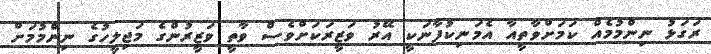
ރަގަޅު ނިންމުމެއް ކަމަށްވާތީއާ އެމަނިކުފާނަކީ އޭރު ވަޒީރަކަށްވެސް ވާތީ ވަޒީރުންގެ މަޖިލީހުގެ ނިންމުމަށް